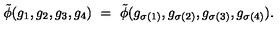
\tilde { \phi } ( g _ { 1 } , g _ { 2 } , g _ { 3 } , g _ { 4 } ) \ = \ \tilde { \phi } ( g _ { \sigma ( 1 ) } , g _ { \sigma ( 2 ) } , g _ { \sigma ( 3 ) } , g _ { \sigma ( 4 ) } ) .